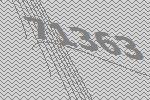
71363